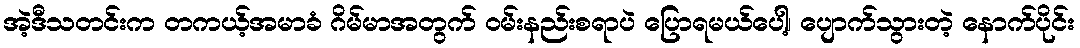
အဲ့ဒီသတင်းက တကယ့်အမာခံ ဂိမ်မာအတွက် ဝမ်းနည်းစရာပဲ ပြောရမယ်ပေါ့၊ ပျောက်သွားတဲ့ နောက်ပိုင်း